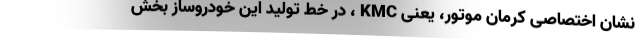
نشان اختصاصی کرمان موتور، یعنی KMC ، در خط تولید این خودروساز بخش